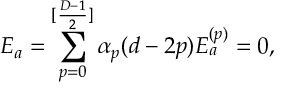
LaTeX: { \cal E } _ { a } = \sum _ { p = 0 } ^ { [ \frac { D - 1 } { 2 } ] } \alpha _ { p } ( d - 2 p ) { \cal E } _ { a } ^ { ( p ) } = 0 ,